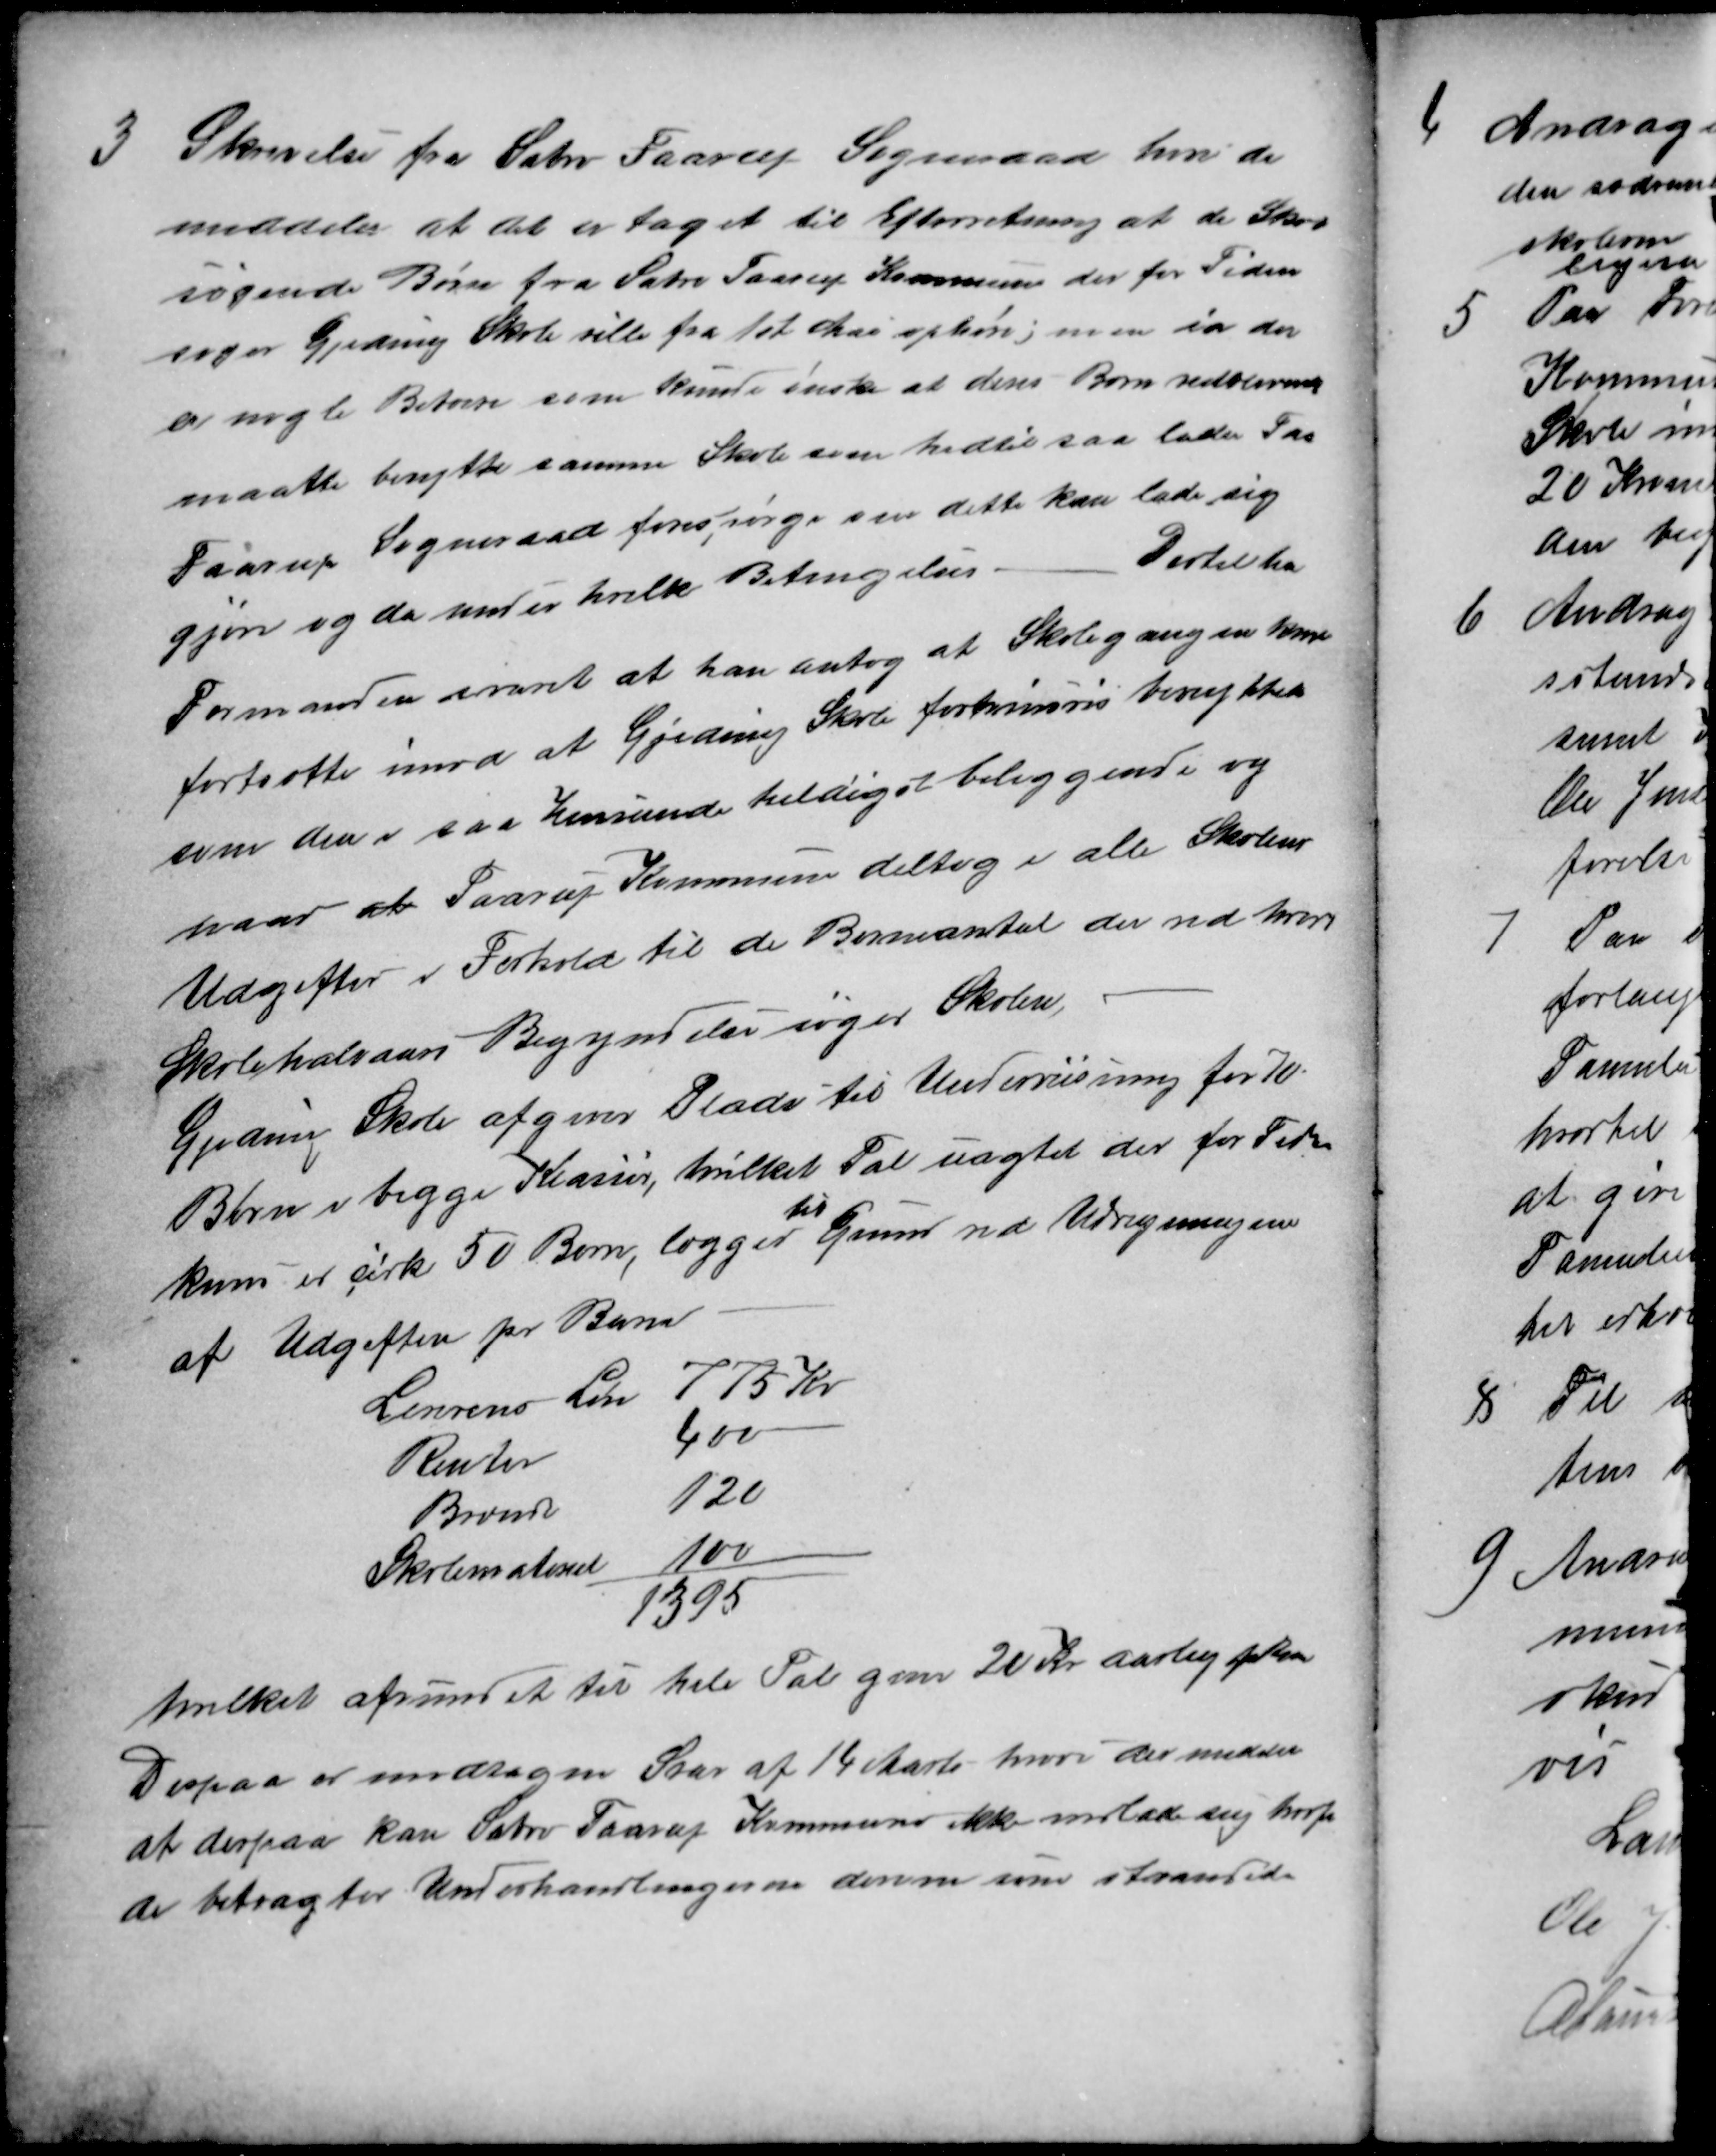
Transskription:
3.
Skrivelse fra Sabro Faarup Sogneraad hvor de
meddeler at det er taget til Efterretning at de Skole
søgende Børn fra Sabro Faarup Kommune der for Tiden
søger Gjeding Skole ville fra 1st Mai ophøre; men da der
er nogle Beboere som kunde ønske at deres Børn vedblivende
maatte benytte samme Skole som hidtil saa lader Faa
Faarup Sogneraad forespørge om dette kan lade sig
gjøre og da under hvilke Betingelser
Dertil har
Formanden svaret at han antog at Skolegangen kan
fortsætte imod at Gjeding Skole fortrinsvis benyttes
som den i saa Henseende heldigst beliggende og
naar at Faarup Kommune deltog i alle Skolens
Udgifter i Forhold til de Børneantal der ved hver
Skolehalvaars Begyndelse søger Skolen
Gjeding Skole afgiver Plads til Undervisning for 70
Børn i begge Klasser, hvilket Tal uagtet der for Tiden
kun er cirka 50 Børn, lægger 
til
Grund ved Udregningen
af Udgiften pr Barn
Lærerens Løn 775 Kr
Renter
400
Brænde
120
Skolemateriel 100
1395
hvilket afrundet til hele Tal giver 20 Kr aarlig
Derpaa er modtagen Svar af 14 Marts hvori der meddel
at derpaa kan Sabro Faarup Kommune ikke indlade sig hvorfor
de betragter Underhandlingerne derom som strandede